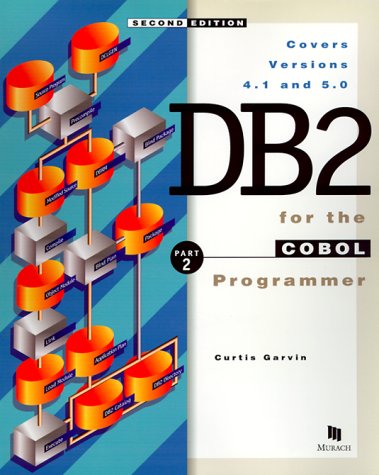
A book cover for DB2 for the Cobol Programmer, Part 2; Curtis Garvin; Computers & Technology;